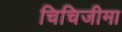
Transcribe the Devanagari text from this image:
चिचिजीमा